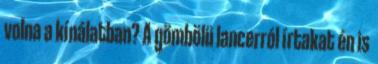
volna a kínálatban? A gömbölü lancerról írtakat én is